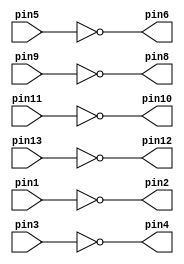
`timescale 1ns / 1ns // `timescale time_unit/time_precision

module v7404 (pin1, pin3, pin5, pin9, pin11, pin13, pin2, pin4, pin6, pin8,
pin10, pin12);
	input pin1, pin3, pin5, pin9, pin11, pin13;
	output pin2, pin4, pin6, pin8, pin10, pin12;
	
	assign pin2 = ~pin1;
	assign pin4 = ~pin3;
	assign pin6 = ~pin5;
	assign pin8 = ~pin9;
	assign pin10 = ~pin11;
	assign pin12 = ~pin13;
endmodule // v7404

module v7408 (pin1, pin3, pin5, pin9, pin11, pin13, pin2, pin4, pin6, pin8,
pin10, pin12);
	input pin1, pin2, pin4, pin5, pin9, pin10, pin12, pin13;
	output pin3, pin6, pin8, pin11;
	
	assign pin3 = pin1&pin2;
	assign pin6 = pin4&pin5;
	assign pin8 = pin9&pin10;
	assign pin11 = pin12&pin13;
endmodule // v7408

module v7432 (pin1, pin3, pin5, pin9, pin11, pin13, pin2, pin4, pin6, pin8,
pin10, pin12);
	input pin1, pin2, pin4, pin5, pin9, pin10, pin12, pin13;
	output pin3, pin6, pin8, pin11;
	
	assign pin3 = pin1|pin2;
	assign pin6 = pin4|pin5;
	assign pin8 = pin9|pin10;
	assign pin11 = pin12|pin13;
endmodule // v7432

module mux2to1(x, y, s, m);
	input x, y, s;
	output m;
	
	wire w1, w2, w3;
	
	v7404 u1(.pin1(s), .pin2(w1));
	v7408 u2(.pin1(w1), .pin2(x), .pin3(w2), .pin4(s), .pin5(y), .pin6(w3));
	v7432 u3(.pin1(w2), .pin2(w3), .pin3(m));
endmodule